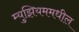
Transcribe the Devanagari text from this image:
म्युझियममधील